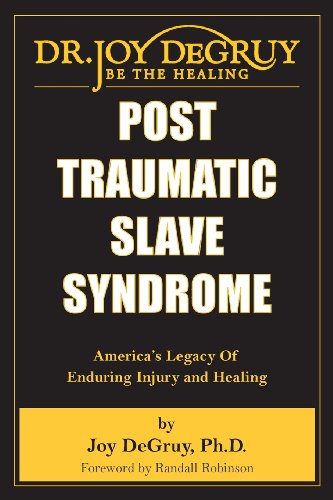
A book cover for Post Traumatic Slave Syndrome; Joy Angela Degruy; History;